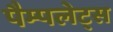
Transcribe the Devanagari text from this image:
पैम्पलेट्स